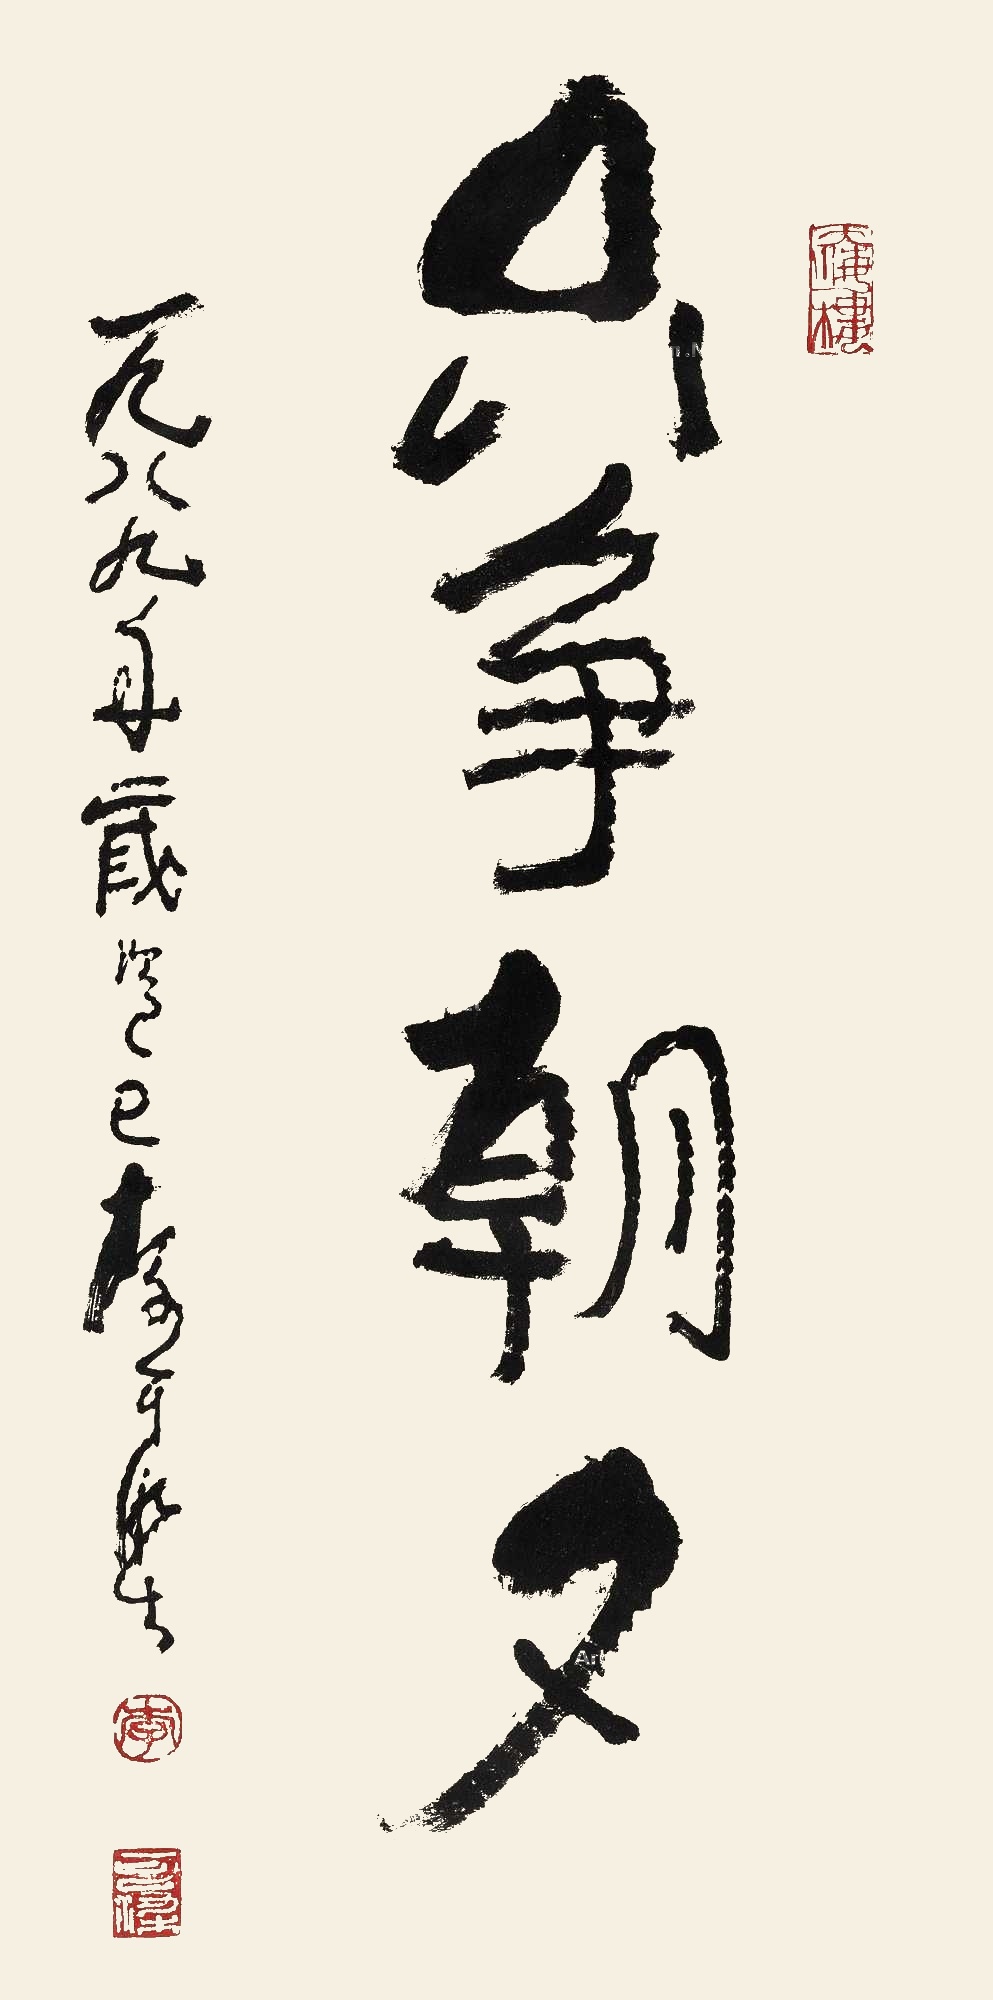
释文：只争朝夕。一九八九年岁次己巳李可染。